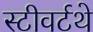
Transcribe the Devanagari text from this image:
स्टीवर्टथे